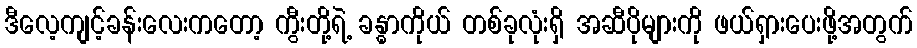
ဒီလေ့ကျင့်ခန်းလေးကတော့ ကွီးတို့ရဲ့ ခန္ဓာကိုယ် တစ်ခုလုံးရှိ အဆီပိုများကို ဖယ်ရှားပေးဖို့အတွက်